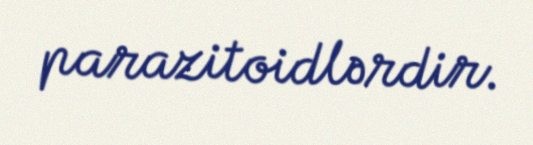
parazitoidlərdir.